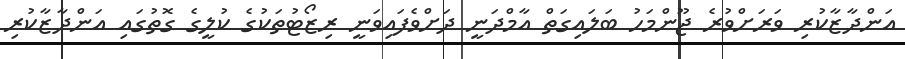
އަންދާޒާކުރި ވަރަށްވުރެ ޖޫންމަހު ބަލައިގަތް އާމްދަނީ ދަށްވެފައިވަނީ ރިޒޯޓުތަކުގެ ކުލީގެ ގޮތުގައި އަންދާޒާކުރި